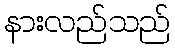
နားလည်သည်